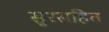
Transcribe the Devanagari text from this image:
सुरसहित